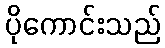
ပိုကောင်းသည်